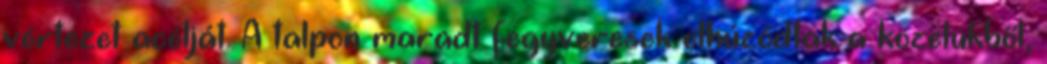
vértezet acélját. A talpon maradt fegyveresek elhúzódtak a közelükből,